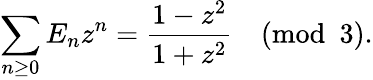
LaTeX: \sum_{n\geq 0}E_{n}z^{n}={\frac{1-z^{2}}{1+z^{2}}}{\pmod{3}}.